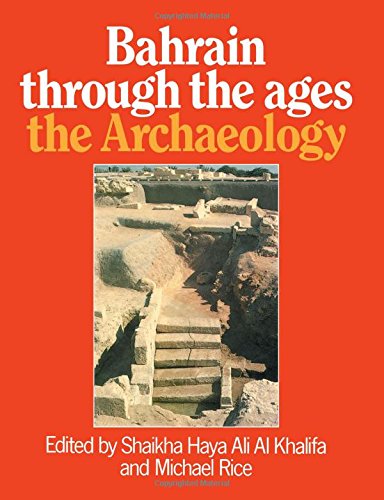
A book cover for Bahrain Through The Ages: The Archaeology; History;